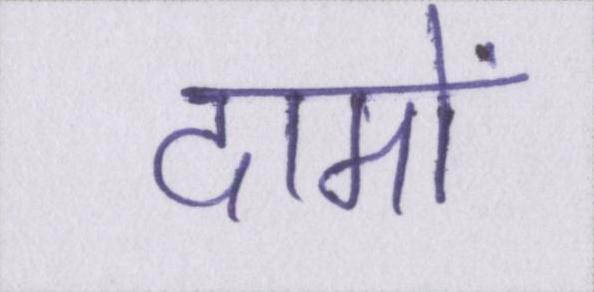
दामों